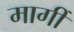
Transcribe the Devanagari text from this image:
मागीँ